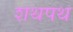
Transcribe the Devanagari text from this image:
शथपथ